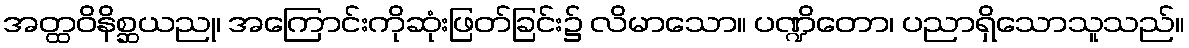
အတ္ထဝိနိစ္ဆယညု၊ အကြောင်းကိုဆုံးဖြတ်ခြင်း၌ လိမာသော။ ပဏ္ဍိတော၊ ပညာရှိသောသူသည်။